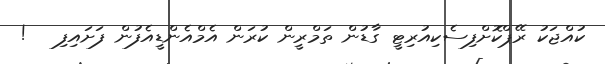
ކުއްޖަކު ރޭޕްކޮށްފިސެކިއުރިޓީ ގާޑުން ތަމްރީން ކުރަން އެމްއެންޑީއެފުން ފަށައިފި   !